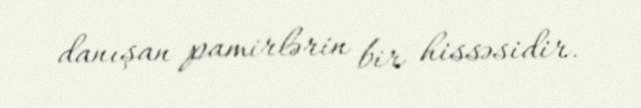
danışan pamirlərin bir hissəsidir.